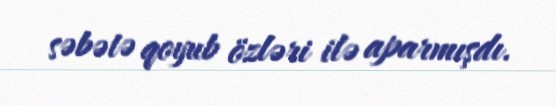
səbətə qoyub özləri ilə aparmışdı.